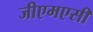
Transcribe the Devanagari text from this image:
जीएमएसी